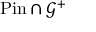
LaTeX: { \operatorname { P i n } } \cap { \mathcal { G } } ^ { + }